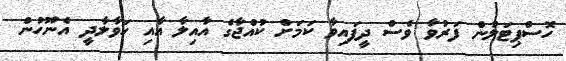
ހޮސްޕިޓަލުން ފަރުވާ ވެސް ދީފައިވާ ކަމަށް ކުއްޖާގެ އާއިލާ އާއި ހަވާލާދީ އެނޫހުން